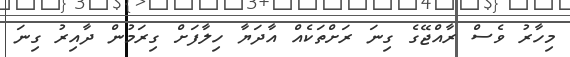
މިހާރު ވެސް ރާއްޖޭގެ ގިނަ ރަށްތަކެއް އާދަޔާ ހިލާފަށް ގިރަމުން ދާއިރު ގިނަ